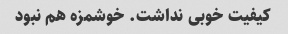
کیفیت خوبی نداشت. خوشمزه هم نبود